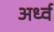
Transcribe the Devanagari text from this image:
अर्ध्व